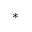
^ \ast